Civil Veterinary Department Bihar & Orissa reports 1911-21 - 1911-1921
Year: 1911
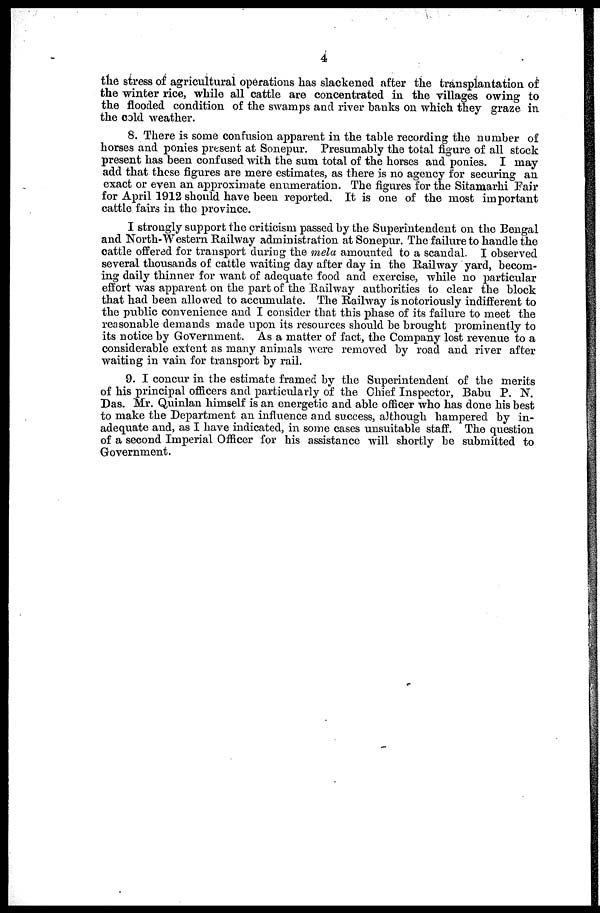
4
the stress of agricultural operations has slackened after the transplantation of
the winter rice, while all cattle are concentrated in the villages owing to
the flooded condition of the swamps and river hanks on which they graze in
the cold weather.
8. There is some confusion apparent in the table recording the number of
horses and ponies present at Sonepur. Presumably the total figure of all stock
present has been confused with the sum total of the horses and ponies. I may
add that these figures are mere estimates, as there is no agency for securing an
exact or even an approximate enumeration. The figures for the Sitamarhi Fair
for April 1912 should have been reported. It is one of the most important
cattle fairs in the province.
I strongly support the criticism passed by the Superintendent on the Bengal
and North-Western Railway administration at Sonepur. The failure to handle the
cattle offered for transport during the mela amounted to a scandal. I observed
several thousands of cattle waiting day after day in the Railway yard, becom-
ing daily thinner for want of adequate food and exercise, while no particular
effort was apparent on the part of the Railway authorities to clear the block
that had been allowed to accumulate. The Railway is notoriously indifferent to
the public convenience and I consider that this phase of its failure to meet the
reasonable demands made upon its resources should be brought prominently to
its notice by Government. As a matter of fact, the Company lost revenue to a
considerable extent as many animals were removed by road and river after
waiting in vain for transport by rail.
9. I concur in the estimate framed by the Superintendent of the merits
of his principal officers and particularly of the Chief Inspector, Babu P. N.
Das. Mr. Quinlan himself is an energetic and able officer who has done his best
to make the Department an influence and success, although hampered by in-
adequate and, as I have indicated, in some cases unsuitable staff. The question
of a second Imperial Officer for his assistance will shortly be submitted to
Government.